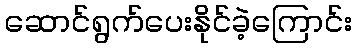
ဆောင်ရွက်ပေးနိုင်ခဲ့ကြောင်း